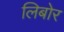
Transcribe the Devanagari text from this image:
लिबोर